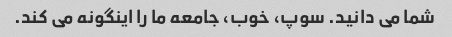
شما می دانید. سوپ، خوب، جامعه ما را اینگونه می کند.